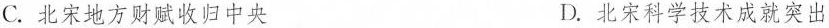
C.北宋地方财赋收归中央 D.北宋科学技术成就突出